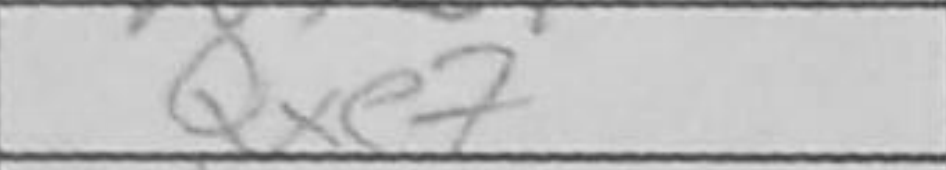
Transcription: Qxe7